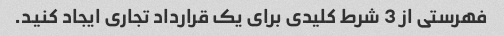
فهرستی از 3 شرط کلیدی برای یک قرارداد تجاری ایجاد کنید.